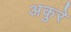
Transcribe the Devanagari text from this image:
अकुरे